Annual administration report of the Civil Veterinary Department, Ajmere-Merwara, British Rajputana - 1914-1940
Year: 1914
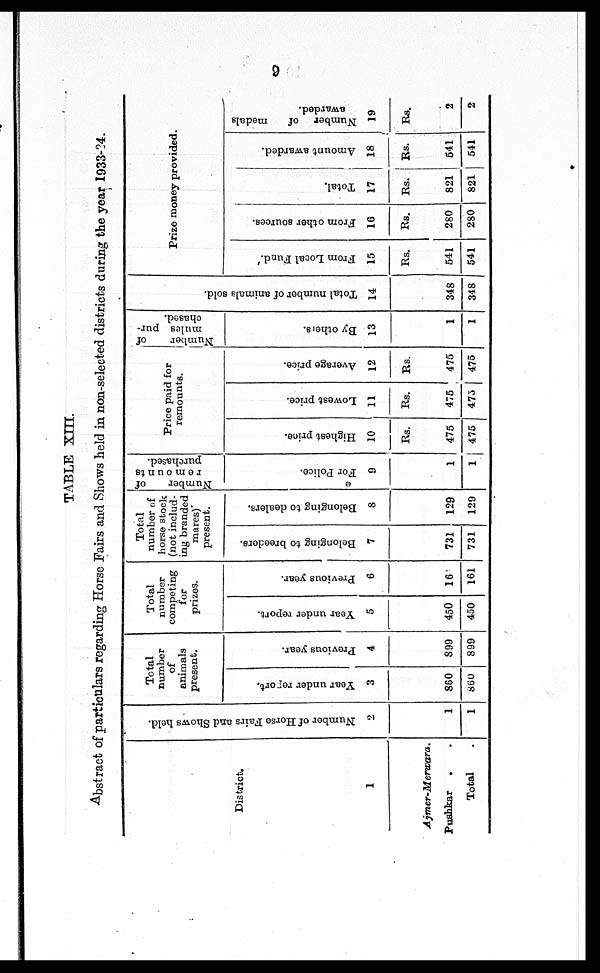
9
TABLE XIII.
Abstract of particulars regarding Horse Fairs and Shows held in non-selected districts during the year 1933-34.
District.
1
Ajmer-Merwara.
Pushkar . .
Total .
Number of Horse Fairs and Shows held.
2
1
1
Total
number
of
animals
present.
Year under report.
3
860
860
Previous year.
4
899
899
Total
number
competing
for
prizes.
Year under report.
5
450
450
Previous year.
6
161
161
Total
number of
horse stock
(not includ-
ing branded
mares)
present.
Belonging to breeders.
7
731
731
Belonging to dealers.
8
129
129
Number
of
remounts
purchased.
For Police.
9
1
1
Price paid for
remounts.
Highest price.
10
Rs.
475
475
Lowest price.
11
Rs.
475
475
Average price.
12
Rs.
475
475
Number
of
mules pur-
chased.
By others.
13
1
1
Total number of animals sold.
14
348
348
Prize money provided.
From Local Fund.
15
Rs.
541
541
From other sources.
16
Rs.
280
280
Total.
17
Rs.
821
821
Amount awarded.
18
Rs.
541
541
Number of
medals
awarded.
19
Rs.
2
2